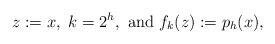
LaTeX: \begin{align*}z:=x,~k=2^h,~{\rm and}~f_k(z):=p_h(x),\end{align*}